Problem: 3 × 5 = ?
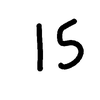
Handwritten answer: 15